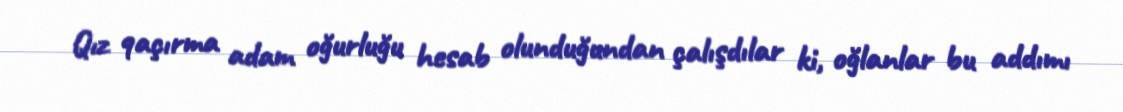
Qız qaçırma adam oğurluğu hesab olunduğundan çalışdılar ki, oğlanlar bu addımı